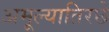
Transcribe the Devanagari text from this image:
अमूल्यातिरछे